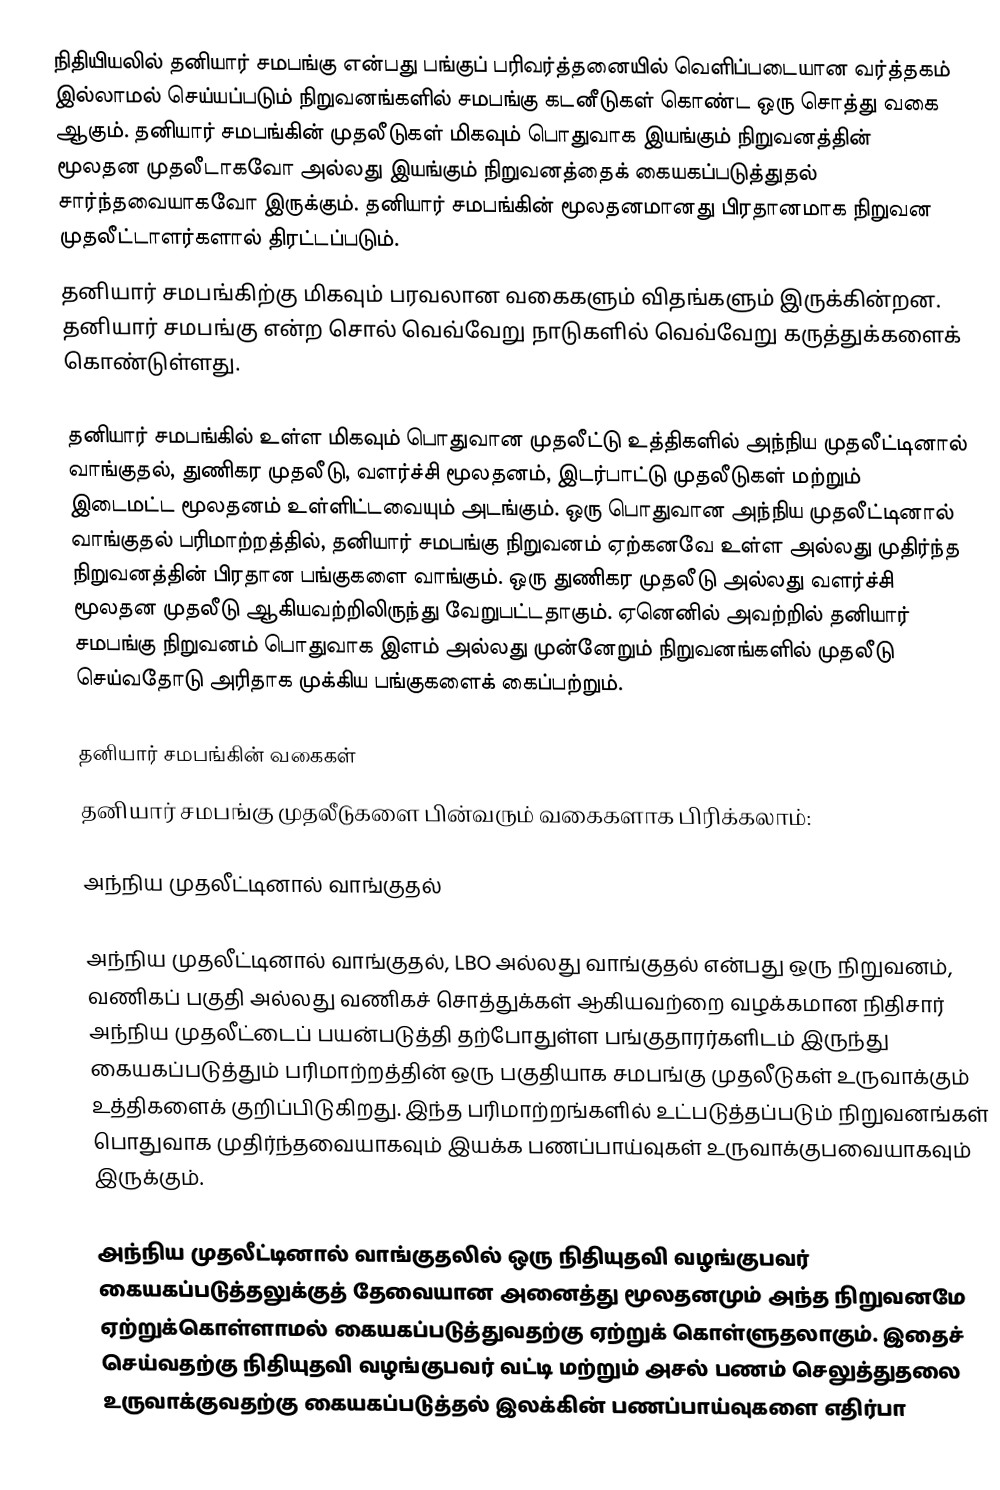
நிதியியலில் தனியார் சமபங்கு என்பது பங்குப் பரிவர்த்தனையில் வெளிப்படையான வர்த்தகம் இல்லாமல் செய்யப்படும் நிறுவனங்களில் சமபங்கு கடனீடுகள் கொண்ட ஒரு சொத்து வகை ஆகும். தனியார் சமபங்கின் முதலீடுகள் மிகவும் பொதுவாக இயங்கும் நிறுவனத்தின் மூலதன முதலீடாகவோ அல்லது இயங்கும் நிறுவனத்தைக் கையகப்படுத்துதல் சார்ந்தவையாகவோ இருக்கும். தனியார் சமபங்கின் மூலதனமானது பிரதானமாக நிறுவன முதலீட்டாளர்களால் திரட்டப்படும்.
தனியார் சமபங்கிற்கு மிகவும் பரவலான வகைகளும் விதங்களும் இருக்கின்றன. தனியார் சமபங்கு என்ற சொல் வெவ்வேறு நாடுகளில் வெவ்வேறு கருத்துக்களைக் கொண்டுள்ளது.

தனியார் சமபங்கில் உள்ள மிகவும் பொதுவான முதலீட்டு உத்திகளில் அந்நிய முதலீட்டினால் வாங்குதல், துணிகர முதலீடு, வளர்ச்சி மூலதனம், இடர்பாட்டு முதலீடுகள் மற்றும் இடைமட்ட மூலதனம் உள்ளிட்டவையும் அடங்கும். ஒரு பொதுவான அந்நிய முதலீட்டினால் வாங்குதல் பரிமாற்றத்தில், தனியார் சமபங்கு நிறுவனம் ஏற்கனவே உள்ள அல்லது முதிர்ந்த நிறுவனத்தின் பிரதான பங்குகளை வாங்கும். ஒரு துணிகர முதலீடு அல்லது வளர்ச்சி மூலதன முதலீடு ஆகியவற்றிலிருந்து வேறுபட்டதாகும். ஏனெனில் அவற்றில் தனியார் சமபங்கு நிறுவனம் பொதுவாக இளம் அல்லது முன்னேறும் நிறுவனங்களில் முதலீடு செய்வதோடு அரிதாக முக்கிய பங்குகளைக் கைப்பற்றும்.

தனியார் சமபங்கின் வகைகள்
தனியார் சமபங்கு முதலீடுகளை பின்வரும் வகைகளாக பிரிக்கலாம்:

அந்நிய முதலீட்டினால் வாங்குதல்

அந்நிய முதலீட்டினால் வாங்குதல், LBO அல்லது வாங்குதல் என்பது ஒரு நிறுவனம், வணிகப் பகுதி அல்லது வணிகச் சொத்துக்கள் ஆகியவற்றை வழக்கமான நிதிசார் அந்நிய முதலீட்டைப் பயன்படுத்தி தற்போதுள்ள பங்குதாரர்களிடம் இருந்து கையகப்படுத்தும் பரிமாற்றத்தின் ஒரு பகுதியாக சமபங்கு முதலீடுகள் உருவாக்கும் உத்திகளைக் குறிப்பிடுகிறது. இந்த பரிமாற்றங்களில் உட்படுத்தப்படும் நிறுவனங்கள் பொதுவாக முதிர்ந்தவையாகவும் இயக்க பணப்பாய்வுகள் உருவாக்குபவையாகவும் இருக்கும்.

அந்நிய முதலீட்டினால் வாங்குதலில் ஒரு நிதியுதவி வழங்குபவர் கையகப்படுத்தலுக்குத் தேவையான அனைத்து மூலதனமும் அந்த நிறுவனமே ஏற்றுக்கொள்ளாமல் கையகப்படுத்துவதற்கு ஏற்றுக் கொள்ளுதலாகும். இதைச் செய்வதற்கு நிதியுதவி வழங்குபவர் வட்டி மற்றும் அசல் பணம் செலுத்துதலை உருவாக்குவதற்கு கையகப்படுத்தல் இலக்கின் பணப்பாய்வுகளை எதிர்பா